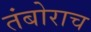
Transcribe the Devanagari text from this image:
तंबोराच